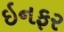
ઇનફર